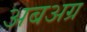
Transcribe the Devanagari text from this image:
अबअग्र